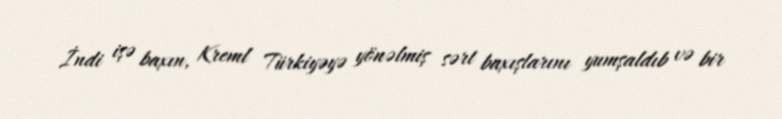
İndi işə baxın, Kreml Türkiyəyə yönəlmiş sərt baxışlarını yumşaldıb və bir